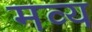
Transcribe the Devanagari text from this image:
मव्य